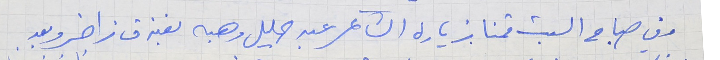
وفي صباح السبت قمنا بزيارة الشاعر عبد الجليل وهبه بفندق زاخر وبعد